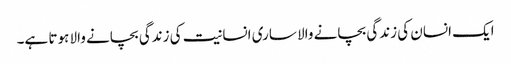
ایک انسان کی زندگی بچانے والا ساری انسانیت کی زندگی بچانے والا ہوتا ہے۔